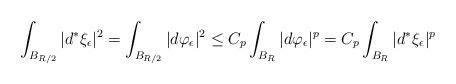
LaTeX: \begin{align*}\int_{B_{R/2}}|d^*\xi_{\epsilon}|^2=\int_{B_{R/2}}|d\varphi_{\epsilon}|^2\leq C_p\int_{B_R}|d\varphi_{\epsilon}|^p=C_p\int_{B_R}|d^*\xi_{\epsilon}|^p\end{align*}